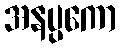
အနပ္ပကော